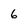
Character: 6